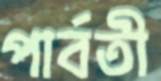
পার্বতী